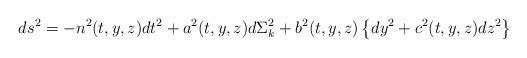
LaTeX: \begin{align*}ds^2 = -n^2(t,y,z) dt^2 + a^2(t,y,z) d\Sigma_{k} ^2 + b^2(t,y,z)\left\{ dy^2 + c^2(t,y,z) dz^2 \right\}\end{align*}